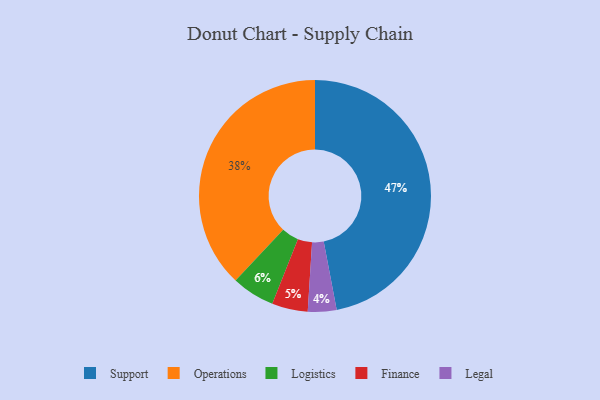
{"axis": {"x": "Category", "y": "Percentage"}, "legend": ["Finance", "Legal", "Logistics", "Operations", "Support"], "data": [{"x": "Operations", "y": 38, "type": "Operations"}, {"x": "Logistics", "y": 6, "type": "Logistics"}, {"x": "Legal", "y": 4, "type": "Legal"}, {"x": "Finance", "y": 5, "type": "Finance"}, {"x": "Support", "y": 47, "type": "Support"}]}